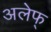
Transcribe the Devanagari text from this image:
अलेफ्